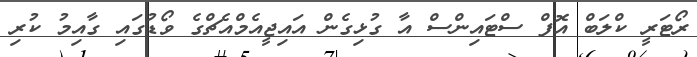
ރޯޓަރީ ކްލަބް އޮފް ސްޓައިންސް އާ ގުޅިގެން އައިޖީއެމްއެޗްގެ ވޯޑުގައި ގާއިމު ކުރި